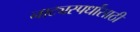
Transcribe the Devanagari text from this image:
नाट्यस्पर्धांसाठी